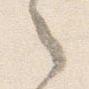
之